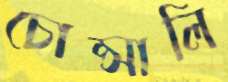
চোপ্‌সালি